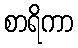
စာရိကာ